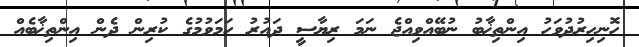
ހޮނިހިރުދުވަހު އިންތިޚާބު ނުބޭއްވިއްޖެ ނަމަ ރިޔާސީ ދައުރު ހަމަވުމުގެ ކުރިން ދެން އިންތިޚާބެއް